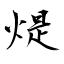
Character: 煶